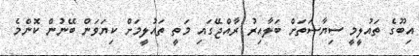
އިބޫގެ ތައުލީމީ ސިޔާސަތަށް ބަލާއިރު ރާއްޖޭގައި މަތީ ތައުލީމަށް ކިޔަވަން ބޭނުން ކޮންމެ